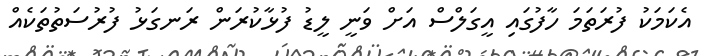
އެކަމަކު ފުރަތަމަ ހާފުގައި އީގަލްސް އަށް ވަނީ ލީޑު ފުޅާކުރަން ރަނގަޅު ފުރުސަތުތަކެއް